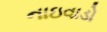
નાઇવાડો